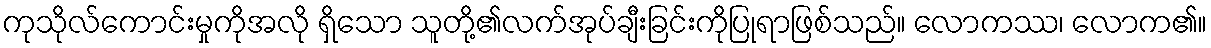
ကုသိုလ်ကောင်းမှုကိုအလို ရှိသော သူတို့၏လက်အုပ်ချီးခြင်းကိုပြုရာဖြစ်သည်။ လောကဿ၊ လောက၏။